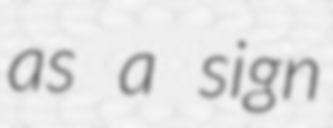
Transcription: as a sign